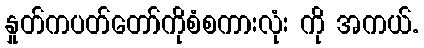
နှုတ်ကပတ်တော်ကိုစံစကားလုံး ကို အကယ်.